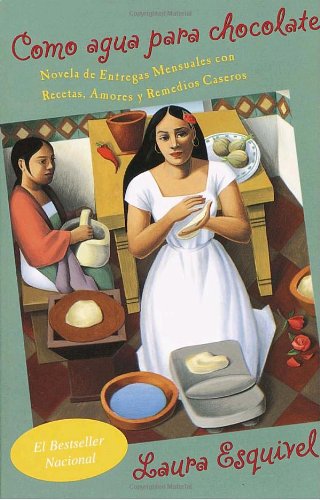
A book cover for Como agua para chocolate (Spanish Edition); Laura Esquivel; Literature & Fiction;